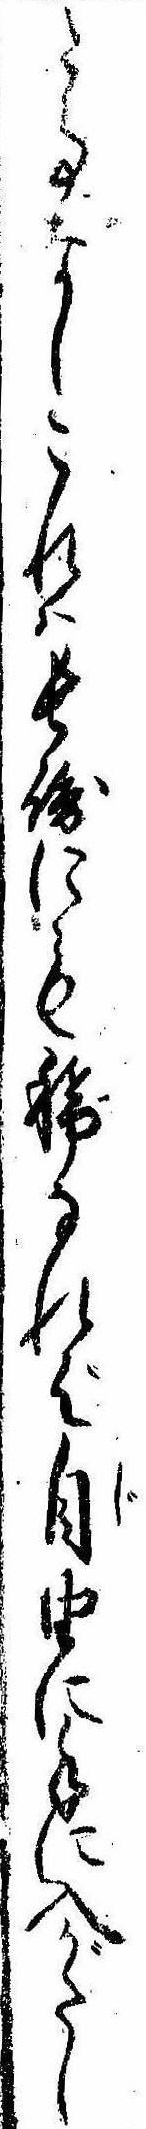
た事なしこれは長崎にも稀なれば自由に手に入がたし